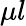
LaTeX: \mu l